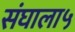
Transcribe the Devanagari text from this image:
संघाला५